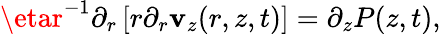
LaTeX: \etar^{-1}\partial_{r}\left[r\partial_{r}\mathbf{v}_{z}(r,z,t)\right]=\partial_{z}P(z,t),